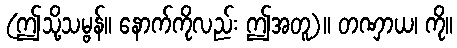
(ဤသို့သမ္ဗန်။ နောက်ကိုလည်း ဤအတူ)။ တဏှာယ၊ ကို။